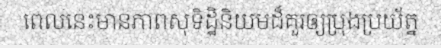
ពេលនេះមានភាពសុទិដ្ឋិនិយមដ៏គួរឲ្យប្រុងប្រយ័ត្ន